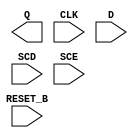
/**
 * Copyright 2020 The SkyWater PDK Authors
 *
 * Licensed under the Apache License, Version 2.0 (the "License");
 * you may not use this file except in compliance with the License.
 * You may obtain a copy of the License at
 *
 *     https://www.apache.org/licenses/LICENSE-2.0
 *
 * Unless required by applicable law or agreed to in writing, software
 * distributed under the License is distributed on an "AS IS" BASIS,
 * WITHOUT WARRANTIES OR CONDITIONS OF ANY KIND, either express or implied.
 * See the License for the specific language governing permissions and
 * limitations under the License.
 *
 * SPDX-License-Identifier: Apache-2.0
 */

`ifndef SKY130_FD_SC_HD__SDFRTP_BLACKBOX_V
`define SKY130_FD_SC_HD__SDFRTP_BLACKBOX_V

/**
 * sdfrtp: Scan delay flop, inverted reset, non-inverted clock,
 *         single output.
 *
 * Verilog stub definition (black box without power pins).
 *
 * WARNING: This file is autogenerated, do not modify directly!
 */

`timescale 1ns / 1ps
`default_nettype none

(* blackbox *)
module sky130_fd_sc_hd__sdfrtp (
    Q      ,
    CLK    ,
    D      ,
    SCD    ,
    SCE    ,
    RESET_B
);

    output Q      ;
    input  CLK    ;
    input  D      ;
    input  SCD    ;
    input  SCE    ;
    input  RESET_B;

    // Voltage supply signals
    supply1 VPWR;
    supply0 VGND;
    supply1 VPB ;
    supply0 VNB ;

endmodule

`default_nettype wire
`endif  // SKY130_FD_SC_HD__SDFRTP_BLACKBOX_V